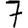
Digit: 7